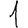
Digit: 1